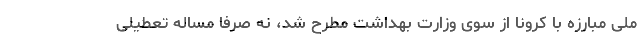
ملی مبارزه با کرونا از سوی وزارت بهداشت مطرح شد، نه صرفا مساله تعطیلی